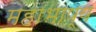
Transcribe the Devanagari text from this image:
महाभाष्‍य